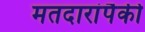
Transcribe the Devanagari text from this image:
मतदारांपैकी